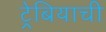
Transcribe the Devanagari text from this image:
ट्रेबियाची